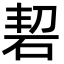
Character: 䂮